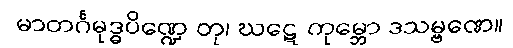
မာတင်္ဂမုဒ္ဓပိဏ္ဍေ တု၊ ဃဋေ ကုမ္ဘော ဒသမ္ဗဏေ။